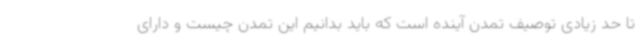
تا حد زیادی توصیف تمدن آینده است که باید بدانیم این تمدن چیست و دارای